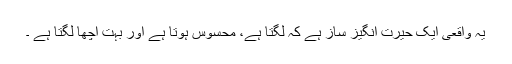
یہ واقعی ایک حیرت انگیز ساز ہے کہ لگتا ہے، محسوس ہوتا ہے اور بہت اچھا لگتا ہے ۔